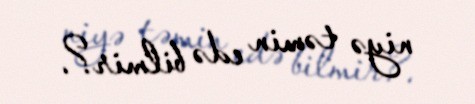
niyə təmin edə bilmir?.